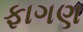
ફાગણ